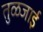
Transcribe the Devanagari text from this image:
तुळजाई